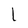
Character: L